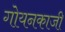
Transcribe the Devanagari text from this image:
गोयनकाजी